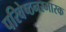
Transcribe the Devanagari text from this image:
परिवेष्ठनस्मारक